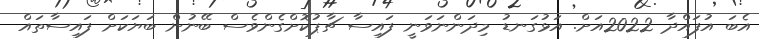
އެބަ އުފައްދާ 2022އަށް. އަޅުގަނޑު މިދަންނަވަނީ ފައިސާ ޗާޕުކޮށްގެންވެސް ބޭނުން ބަޔަކަށް ފައިސާތައް